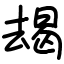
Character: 朅